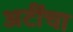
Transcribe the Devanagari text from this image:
अटींचा